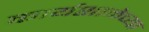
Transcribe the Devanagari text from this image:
कार्यशाळेच्या